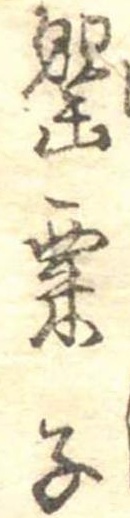
罌粟子